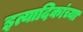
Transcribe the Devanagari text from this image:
इत्यादिकांच्या